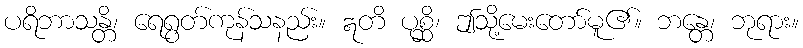
ပရိဘာသန္တိ၊ ရေရွတ်ကုန်သနည်း။ ဣတိ ပုစ္ဆိ၊ ဤသို့မေးတော်မူ၏။ ဘန္တေ၊ ဘုရား။